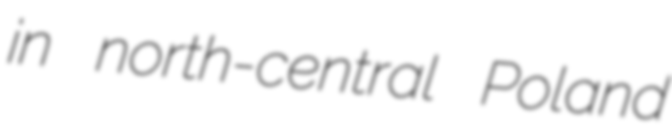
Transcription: in north-central Poland